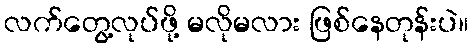
လက်တွေ့လုပ်ဖို့ မလိုမလား ဖြစ်နေတုန်းပဲ။